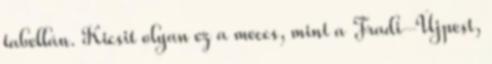
tabellán. Kicsit olyan ez a meccs, mint a Fradi–Újpest,